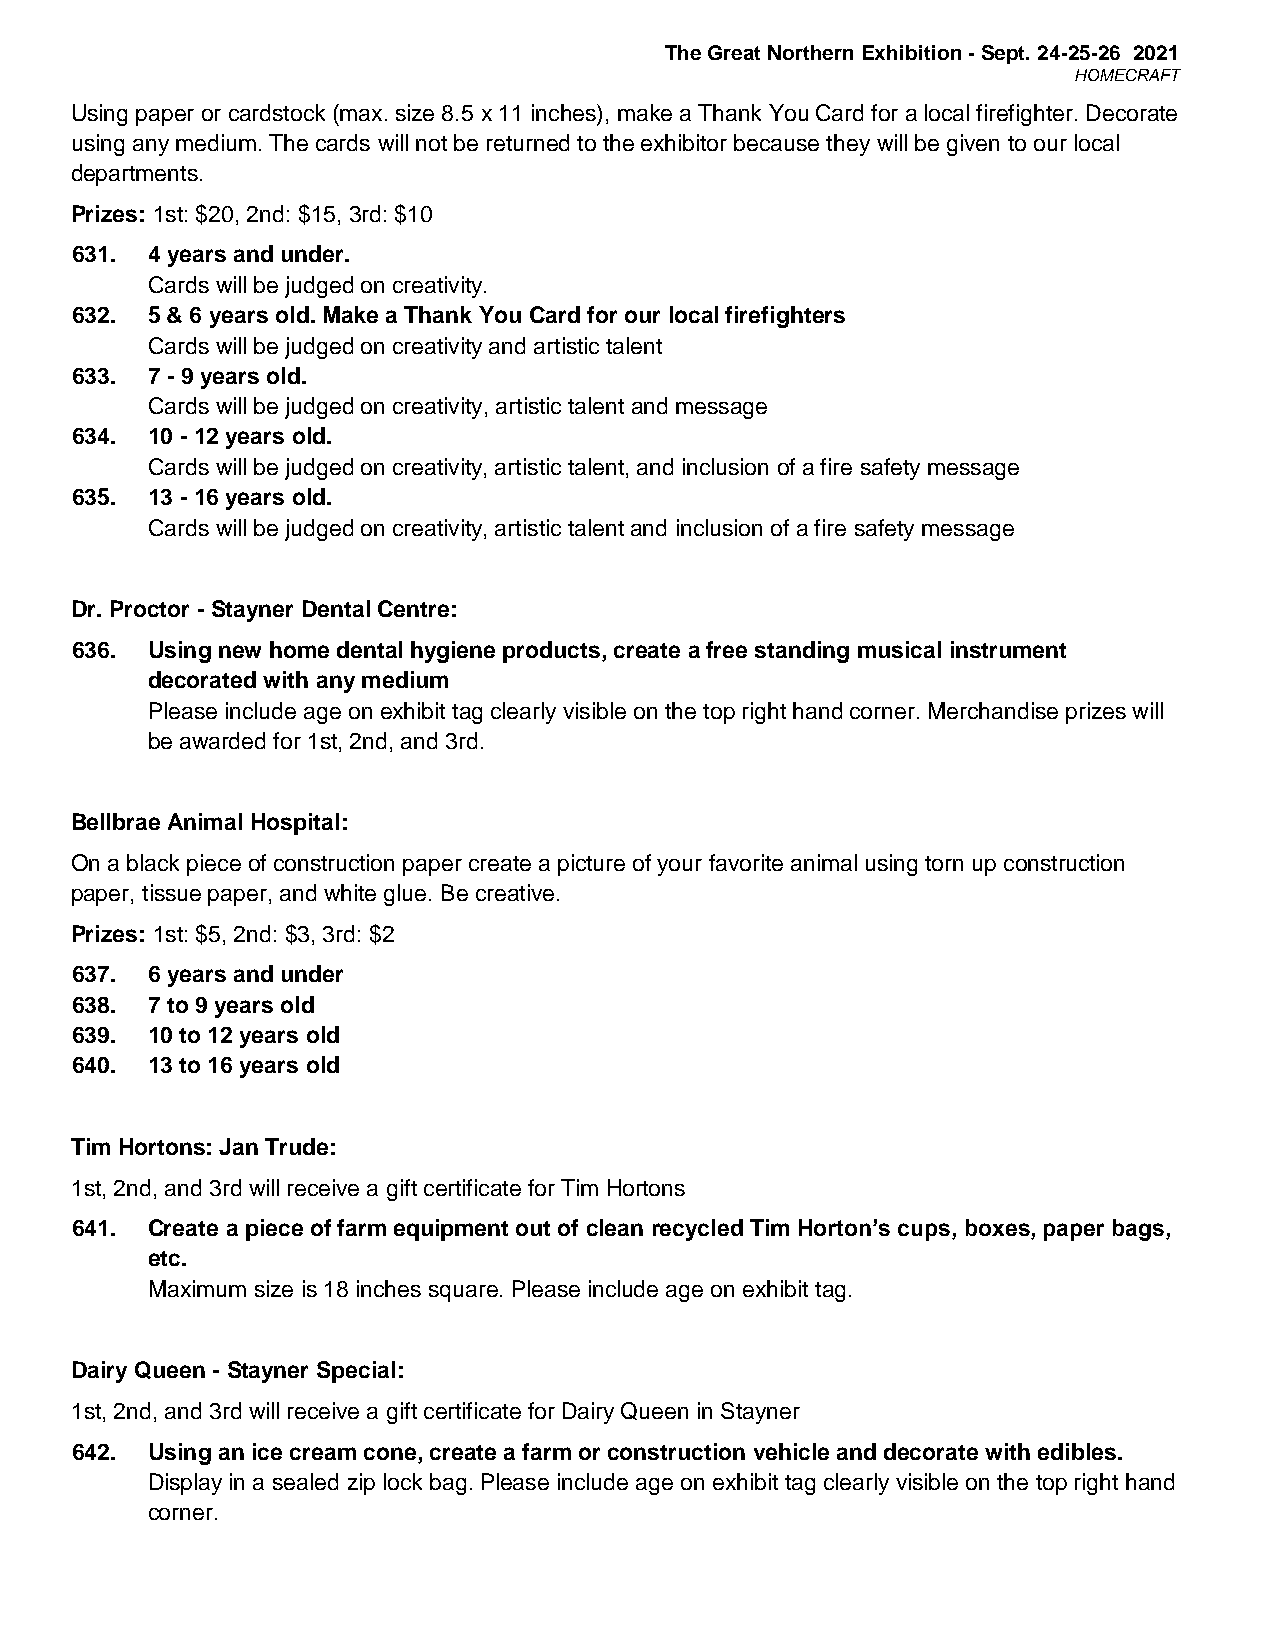
The Great Northern Exhibition - Sept. 24-25-26 2021
 HOMECRAFT
 Using paper or cardstock (max. size 8.5 x 11 inches), make a Thank You Card for a local firefighter. Decorate
 using any medium. The cards will not be returned to the exhibitor because they will be given to our local
 departments.
 Prizes: 1st: $20, 2nd: $15, 3rd: $10
 631. 4 years and under.
 Cards will be judged on creativity.
 632. 5 & 6 years old. Make a Thank You Card for our local firefighters
 Cards will be judged on creativity and artistic talent
 633. 7 - 9 years old.
 Cards will be judged on creativity, artistic talent and message
 634. 10 - 12 years old.
 Cards will be judged on creativity, artistic talent, and inclusion of a fire safety message
 635. 13 - 16 years old.
 Cards will be judged on creativity, artistic talent and inclusion of a fire safety message
 Dr. Proctor - Stayner Dental Centre:
 636. Using new home dental hygiene products, create a free standing musical instrument
 decorated with any medium
 Please include age on exhibit tag clearly visible on the top right hand corner. Merchandise prizes will
 be awarded for 1st, 2nd, and 3rd.
 Bellbrae Animal Hospital:
 On a black piece of construction paper create a picture of your favorite animal using torn up construction
 paper, tissue paper, and white glue. Be creative.
 Prizes: 1st: $5, 2nd: $3, 3rd: $2
 637. 6 years and under
 638. 7 to 9 years old
 639. 10 to 12 years old
 640. 13 to 16 years old
 Tim Hortons: Jan Trude:
 1st, 2nd, and 3rd will receive a gift certificate for Tim Hortons
 641. Create a piece of farm equipment out of clean recycled Tim Horton’s cups, boxes, paper bags,
 etc.
 Maximum size is 18 inches square. Please include age on exhibit tag.
 Dairy Queen - Stayner Special:
 1st, 2nd, and 3rd will receive a gift certificate for Dairy Queen in Stayner
 642. Using an ice cream cone, create a farm or construction vehicle and decorate with edibles.
 Display in a sealed zip lock bag. Please include age on exhibit tag clearly visible on the top right hand
 corner.